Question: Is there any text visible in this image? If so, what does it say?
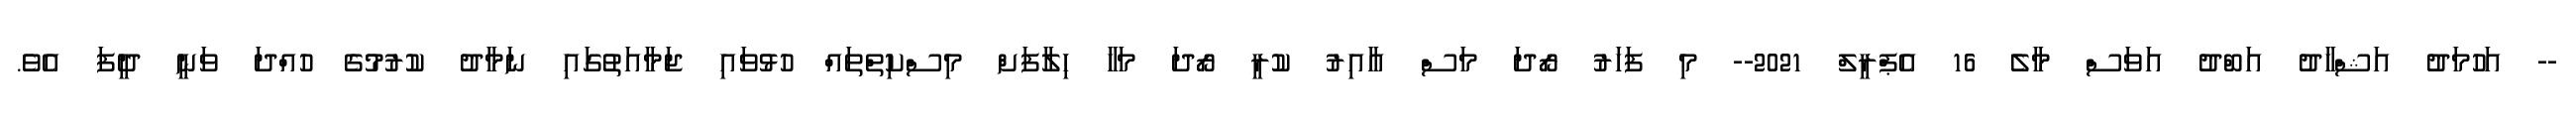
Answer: -- އަހުމަދު އަޝްހާދު އަބްދު އަވަސް މާލެ 16 އެޕްރީލް 2021-- މި ފަހަރު ރޯދަ މަސް އާއިރު ކުރީ ރޯދަ މަހާ ހިލާފަށް މިސްކިތްތައް ހުޅުވައި ޖަމާއަތުގައި ނަމާދު ކުރުމުގެ ހުއްދަ ވަނީ ދީފަ އެވެ.